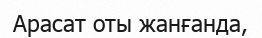
Арасат оты жанғанда,